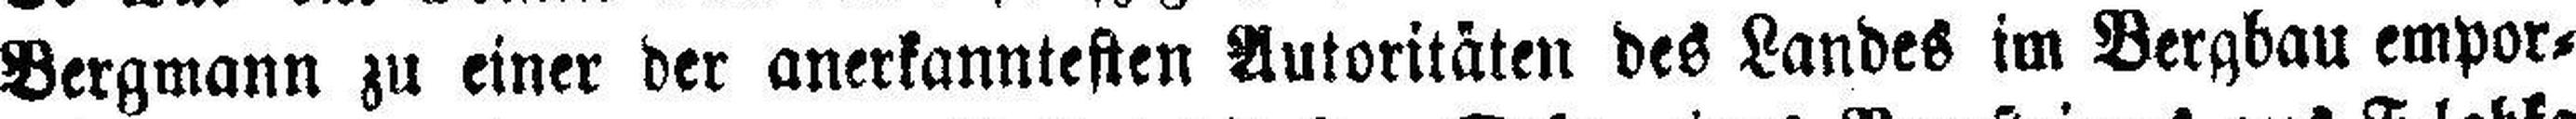
Bergmann zu einer der anerkanntesten Autoritäten des Landes im Bergbau empor¬